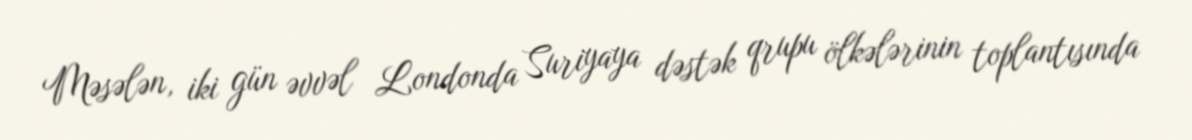
Məsələn, iki gün əvvəl Londonda Suriyaya dəstək qrupu ölkələrinin toplantısında